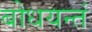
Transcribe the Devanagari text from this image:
बोधयन्तं